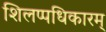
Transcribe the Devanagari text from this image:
शिलप्पधिकारम्‌